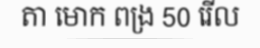
តា មោក ពង្រ 50 រើល